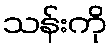
သန်းကို